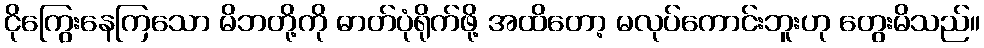
ငိုကြွေးနေကြသော မိဘတို့ကို ဓာတ်ပုံရိုက်ဖို့ အထိတော့ မလုပ်ကောင်းဘူးဟု တွေးမိသည်။